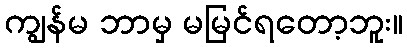
ကျွန်မ ဘာမှ မမြင်ရတော့ဘူး။